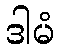
ဒါမံ